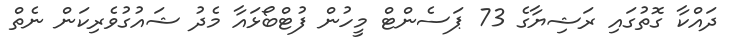
ދައްކާ ގޮތުގައި ރަޝިޔާގެ 73 ޕަސެންޓް މީހުން ފުޓްބޯޅައާ މެދު ޝައުގުވެރިކަން ނެތް